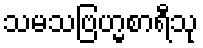
သမသဗြဟ္မစာရီသု